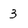
Character: 3